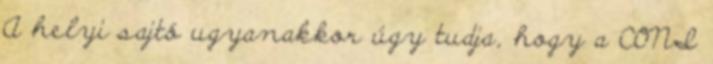
A helyi sajtó ugyanakkor úgy tudja, hogy a CONI